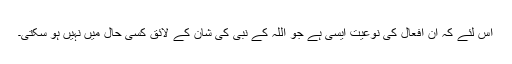
اس لئے کہ ان افعال کی نوعیت ایسی ہے جو اللہ کے نبی کی شان کے لائق کسی حال میں نہیں ہو سکتی۔